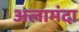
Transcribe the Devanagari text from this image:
अलामंदा